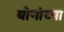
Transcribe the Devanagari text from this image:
योगांच्या